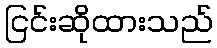
ငြင်းဆိုထားသည်